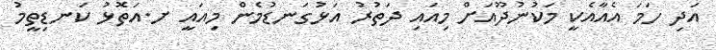
އަދި ހަމަ އެއާއެކީ މަކުނުދޫއަށް މިއައި ދަތުރު އަޅުގަނޑުމެން މިއައީ ށ.އަތޮޅު ކަނޑިތީމު